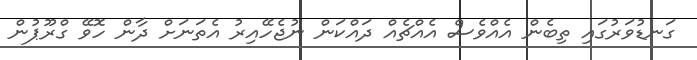
ގަނޑުވަރުގައި ތިބެން އެއްވެސް އެއްޗެއް ދައްކަން ނުޖެހޭއިރު އެތަނަށް ދާން ހޮވޭ ގްރޫޕުން